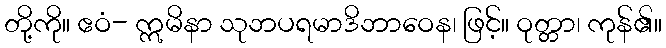
တို့ကို။ ဧဝံ- ဣမိနာ သုဘပရမာဒိဘာဝေန၊ ဖြင့်။ ဝုတ္တာ၊ ကုန်၏။